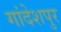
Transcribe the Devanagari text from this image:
गांदेशपुर